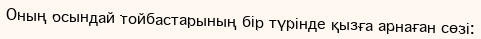
Оның осындай тойбастарының бір түрінде қызға арнаған сөзі: